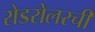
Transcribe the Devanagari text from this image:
रोडरोलरची